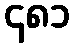
၄၈၁